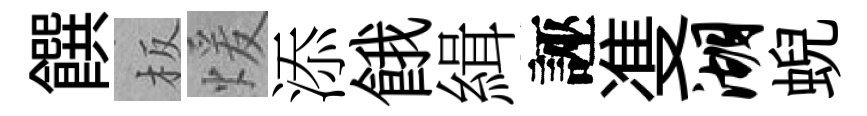
饌板煖添餓緝誣㕠湖蜺